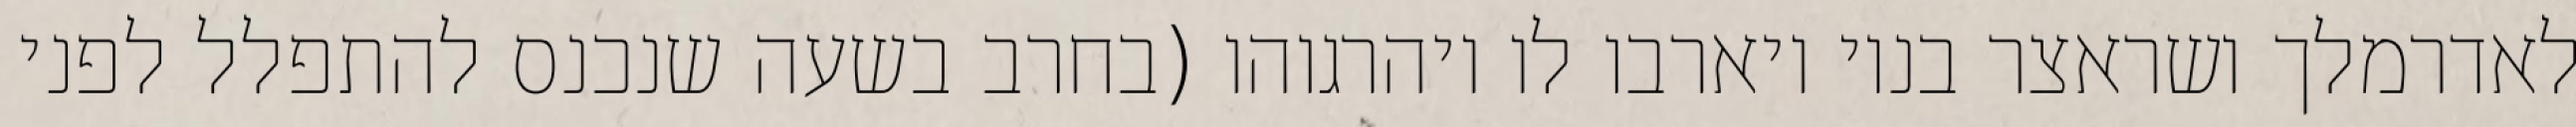
לאדרמלך ושראצר בניו ויארבו לו ויהרגוהו (בחרב בשעה שנכנס להתפלל לפני